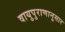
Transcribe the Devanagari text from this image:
वायुपुराणानुसार